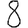
Digit: 8